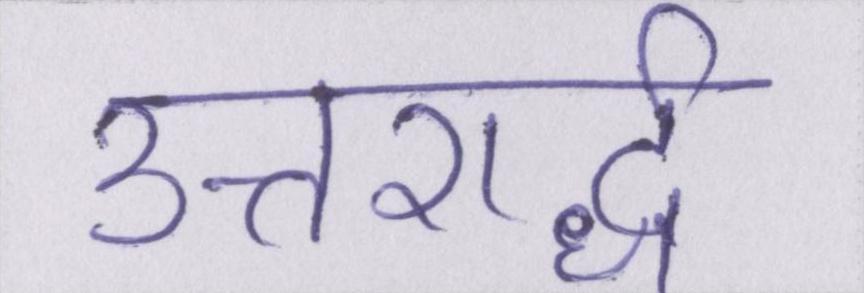
उत्तरार्द्ध